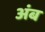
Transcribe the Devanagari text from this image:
अंब